Senior Leaving Certificate Examination (including Day School Certificate (Higher) General paper), 1950
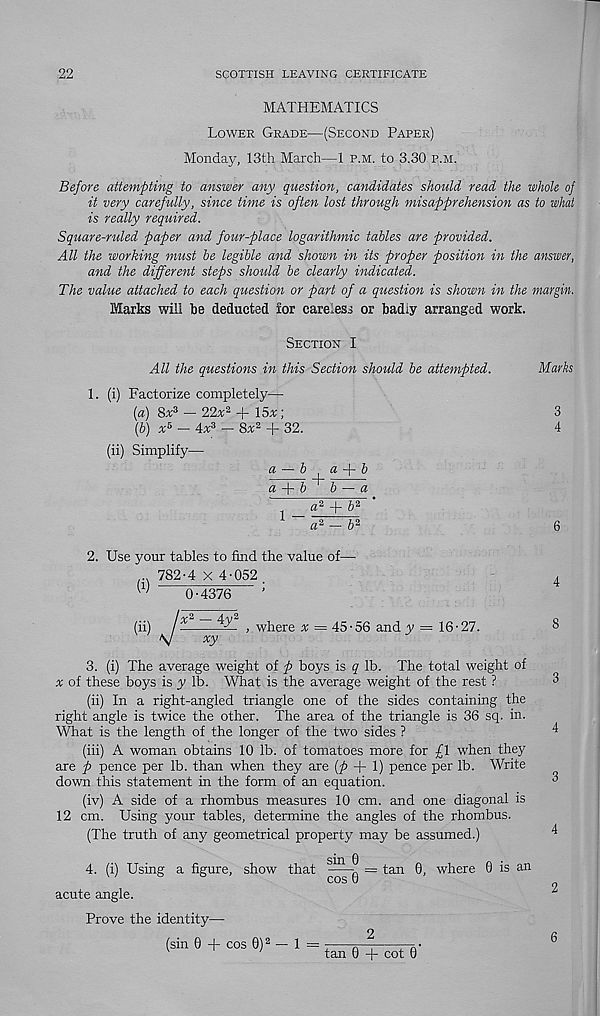
22
SCOTTISH LEAVING CERTIFICATE
MATHEMATICS
LOWER GRADE—(SECOND PAPER)
Monday, 13th March—1 P.M. to 3.30 P.M.
Before attempting to answer any question, candidates should read the whole of
it very carefully, since time is often lost through misapprehension as to what
is really required.
Square-ruled paper and four-place logarithmic tables are provided.
All the working must be legible and shown in its proper position in the answer,
and the different steps should be clearly indicated.
The value attached to each question or part of a question is shown in the margin.
Marks will be deducted ior careless or badiy arranged work.
SECTION I
All the questions in this Section should be attempted.
(i) Factorize completely—
(a) 8x 3
4
- 22% 2 +
(b) x 5 — 4x 3 — 8x 2 + 32.
(ii) Simplify—
a — b ^ a -j- b
a +
b — a
a 2 + b 2
'
b 2
Marks
a*
2. Use your tables to find the value of—
782-4 X 4-052
(i)
(ii)
0-4376
* 2 — 4y 2
xy
where * — 45-56 and y = 16-27.
3. (i) The average weight of p boys is q lb. The total weight of
* of these boys is y lb. What is the average weight of the rest ?
(ii) In a right-angled triangle one of the sides containing the
right angle is twice the other. The area of the triangle is 36 sq. in.
What is the length of the longer of the two sides ?
(iii) A woman obtains 10 lb. of tomatoes more for £1 when they
are p pence per lb. than when they are {p + 1) pence per lb. Write
down this statement in the form of an equation.
(iv) A side of a rhombus measures 10 cm. and one diagonal is
12 cm. Using your tables, determine the angles of the rhombus.
(The truth of any geometrical property may be assumed.)
4. (i) Using a figure, show that ““g = tan 0, where 0 is an
acute angle.
Prove the identity—
(sin 0 + cos 0) 2 — 1 = tan 0 + cot 0
6